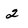
Character: 2